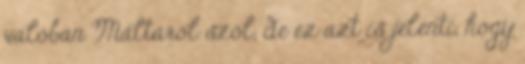
valóban Máltáról szól, de ez azt is jelenti, hogy